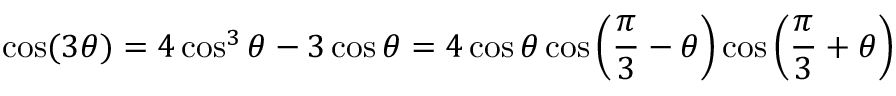
\cos ( 3 \theta ) = 4 \cos ^ { 3 } \theta - 3 \cos \theta = 4 \cos \theta \cos \left( { \frac { \pi } { 3 } } - \theta \right) \cos \left( { \frac { \pi } { 3 } } + \theta \right)